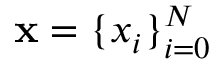
\mathbf { x } = \{ x _ { i } \} _ { i = 0 } ^ { N }